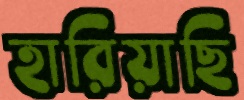
হারিয়াছি